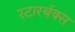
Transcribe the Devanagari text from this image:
स्टारबॅक्स